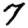
Digit: 7